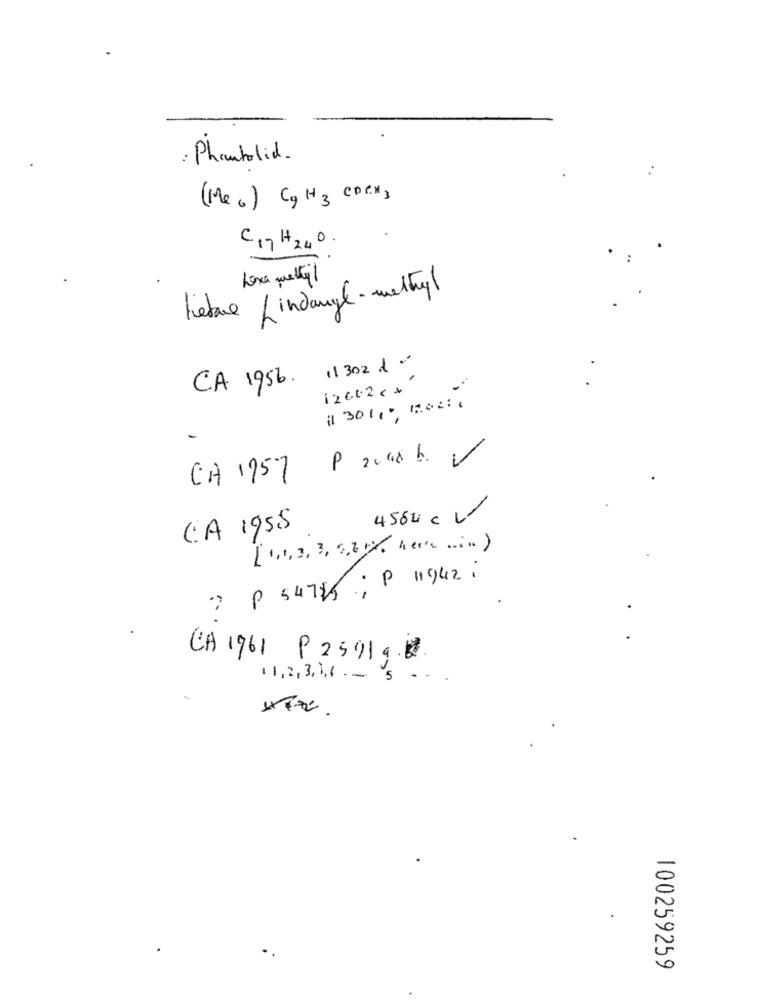
: Phanbolid.
(Mec) CH3 CDCx3
C17 H240.
Loxa mettil
letue Lindangl - methyl
11302 d.
CA 1956.
1201.2c+
il 3011 0 1706,
a
CA 1757
4564 c V
CA 1955
[1,1,3,3, 525)
P 54755 ; P 11942 :
CA 1961 P259198.
11,2, 3, 3,6 . - 'S
-
100259259